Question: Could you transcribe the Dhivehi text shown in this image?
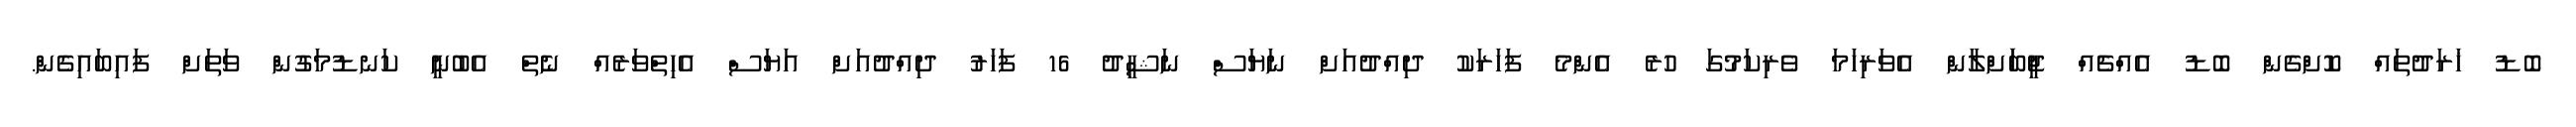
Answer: ބޮޑު ޚަރަދުތައް ކޮށްގެން ބޮޑު އެއްޗެއް ޖީބަަށްލާން އެވަރިހަމަ ވެރިކަމުގަ ހުރެ އެންމެ ފަހަރަކު ދިއްދުއަށް ނަޔަސް ނަޝީދު 16 ފަހަރު ދިއްދުއަށް އަޔަސް އެހިތްވަރެއް ނެތް އެބުނީ ކަނޑުމަގުން ވަތަށް ފައިބައިގެން.